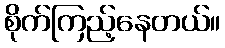
စိုက်ကြည့်နေတယ်။